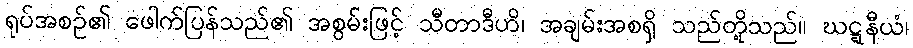
ရုပ်အစဉ်၏ ဖေါက်ပြန်သည်၏ အစွမ်းဖြင့် သီတာဒီဟိ၊ အချမ်းအစရှိ သည်တို့သည်။ ဃဋ္ဋနီယံ၊